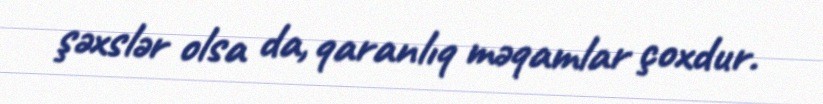
şəxslər olsa da, qaranlıq məqamlar çoxdur.